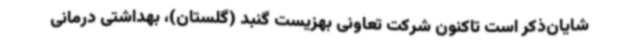
شایان‌ذکر است تاکنون شرکت تعاونی بهزیست گنبد (گلستان)، بهداشتی درمانی